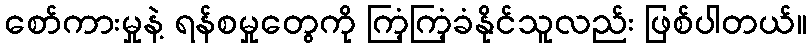
စော်ကားမှုနဲ့ ရန်စမှုတွေကို ကြံ့ကြံ့ခံနိုင်သူလည်း ဖြစ်ပါတယ်။